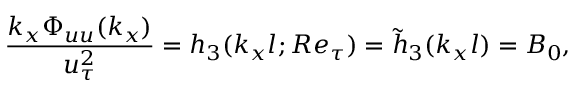
\frac { k _ { x } \Phi _ { u u } ( k _ { x } ) } { u _ { \tau } ^ { 2 } } = h _ { 3 } ( k _ { x } l ; R e _ { \tau } ) = \tilde { h } _ { 3 } ( k _ { x } l ) = { B _ { 0 } } ,